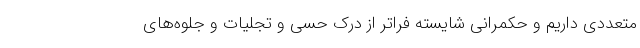
متعددی داریم و حکمرانی شایسته فراتر از درک حسی و تجلیات و جلوه‌های